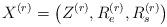
LaTeX: \begin{align*} X^{(r)}=\big(Z^{(r)}, R_{e}^{(r)}, R_{s}^{(r)}\big) \end{align*}